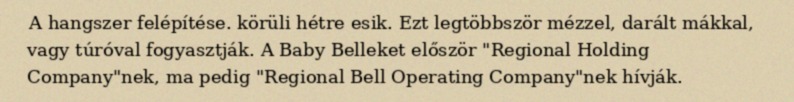
A hangszer felépítése. körüli hétre esik. Ezt legtöbbször mézzel, darált mákkal, vagy túróval fogyasztják. A Baby Belleket először "Regional Holding Company"nek, ma pedig "Regional Bell Operating Company"nek hívják.